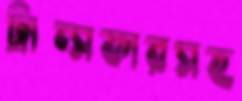
ট্রান্সফারসহ